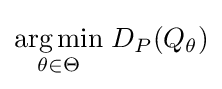
{\underset {\theta \in \Theta }{\operatorname {arg\,min} }}\;D_{P}(Q_{\theta })